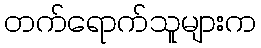
တက်ရောက်သူများက